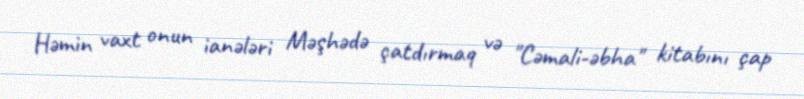
Həmin vaxt onun ianələri Məşhədə çatdırmaq və "Cəmali-əbha" kitabını çap